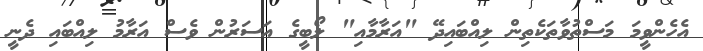
އެހެންވީމަ މަސްތުވާތަކެތިން ލިއްބައިދޭ "އަރާމާއި" ލޯބީގެ އަސަރުން ވެސް އަރާމު ލިއްބައި ދެނީ